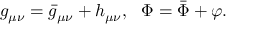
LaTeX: g _ { \mu \nu } = { \bar { g } } _ { \mu \nu } + h _ { \mu \nu } , ~ ~ \Phi = \bar { \Phi } + \varphi .